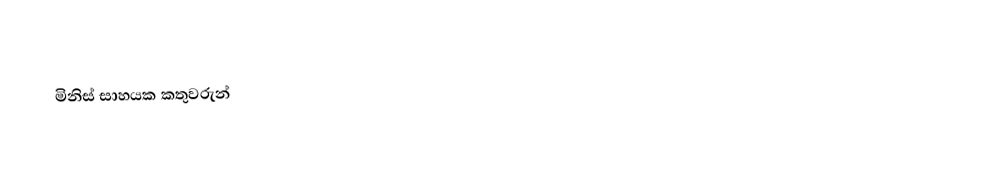
මිනිස්‌ සාහයක කතුවරුන්